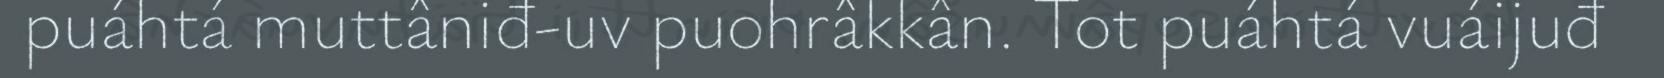
puáhtá muttâniđ-uv puohrâkkân. Tot puáhtá vuáijuđ